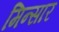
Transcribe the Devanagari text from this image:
मिन्सार